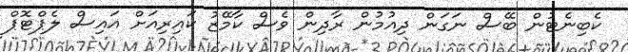
ކެބިނެޓުން ބޭސް ނަގަން ދިއުމުން ރާދިން ވެސް ކާމޭޒު ކައިރިއަށް އައިސް ލެޕްޓޮޕް